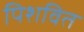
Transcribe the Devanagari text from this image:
पिशवित